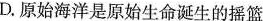
D.原始海洋是原始生命诞生的摇篮